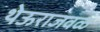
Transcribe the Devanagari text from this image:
थेऊराजवळ